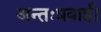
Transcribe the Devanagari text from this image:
अन्तःप्रवाही